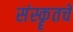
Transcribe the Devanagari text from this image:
संस्कॄतचे